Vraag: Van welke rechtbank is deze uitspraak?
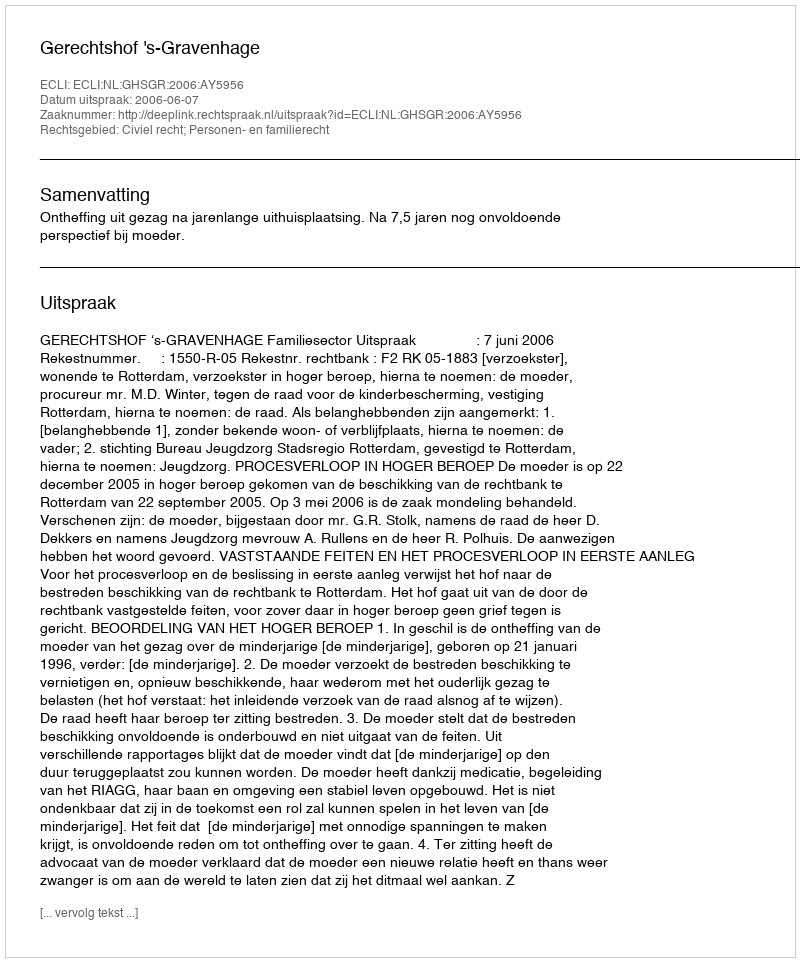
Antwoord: Gerechtshof 's-Gravenhage